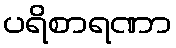
ပရိစာရဏာ